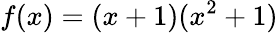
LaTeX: f(x)=(x+1)(x^{2}+1)